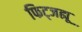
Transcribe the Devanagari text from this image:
फिट्जह्यू